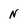
Character: N